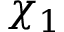
\chi _ { 1 }